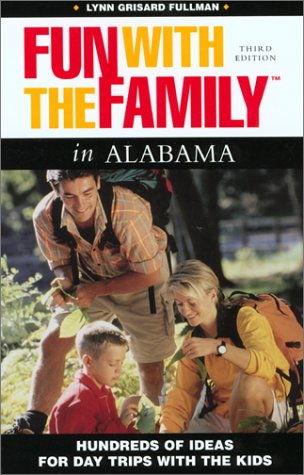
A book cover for Fun with the Family in Alabama, 3rd: Hundred of Ideas for Day Trips with the Kids (Fun with the Family Series); Lynn Grisard Fullman; Travel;